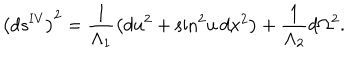
LaTeX: \left( d s ^ { \mathrm { I V } } \right) ^ { 2 } = \frac { 1 } { \Lambda _ { 1 } } \left( d u ^ { 2 } + \sin ^ { 2 } \! u \, d x ^ { 2 } \right) + \frac { 1 } { \Lambda _ { 2 } } d \Omega ^ { 2 } .